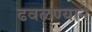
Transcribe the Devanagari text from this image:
ढवळण्याने